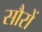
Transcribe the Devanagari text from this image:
सौरों